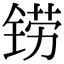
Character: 铹